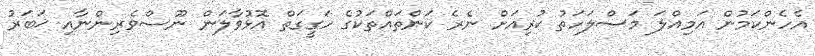
އެހެންކަމުން އަމިއްލަ މަސްލަހަތު ކުރިއަށް ނެރެ ކަންތައްތަކުގެ ހަގީގަތް އޮޅުވާލަން ނޫސްވެރިންނާއި ޚަބަރު